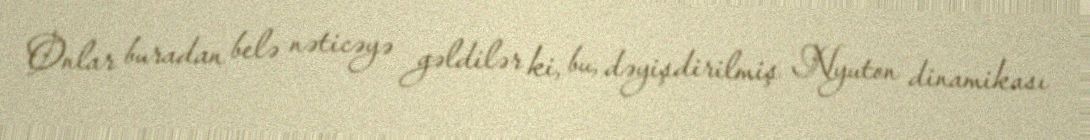
Onlar buradan belə nəticəyə gəldilər ki, bu, dəyişdirilmiş Nyuton dinamikası